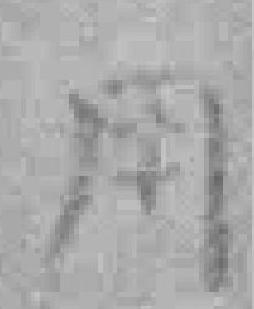
用